Bréfritari: Halldór Pétursson
Viðtakandi: Jón Borgfirðingur
Dagsetning: A-1858-12-05
Skrifað á: Illugastöðum í Fnjóskadal  S-Þing.

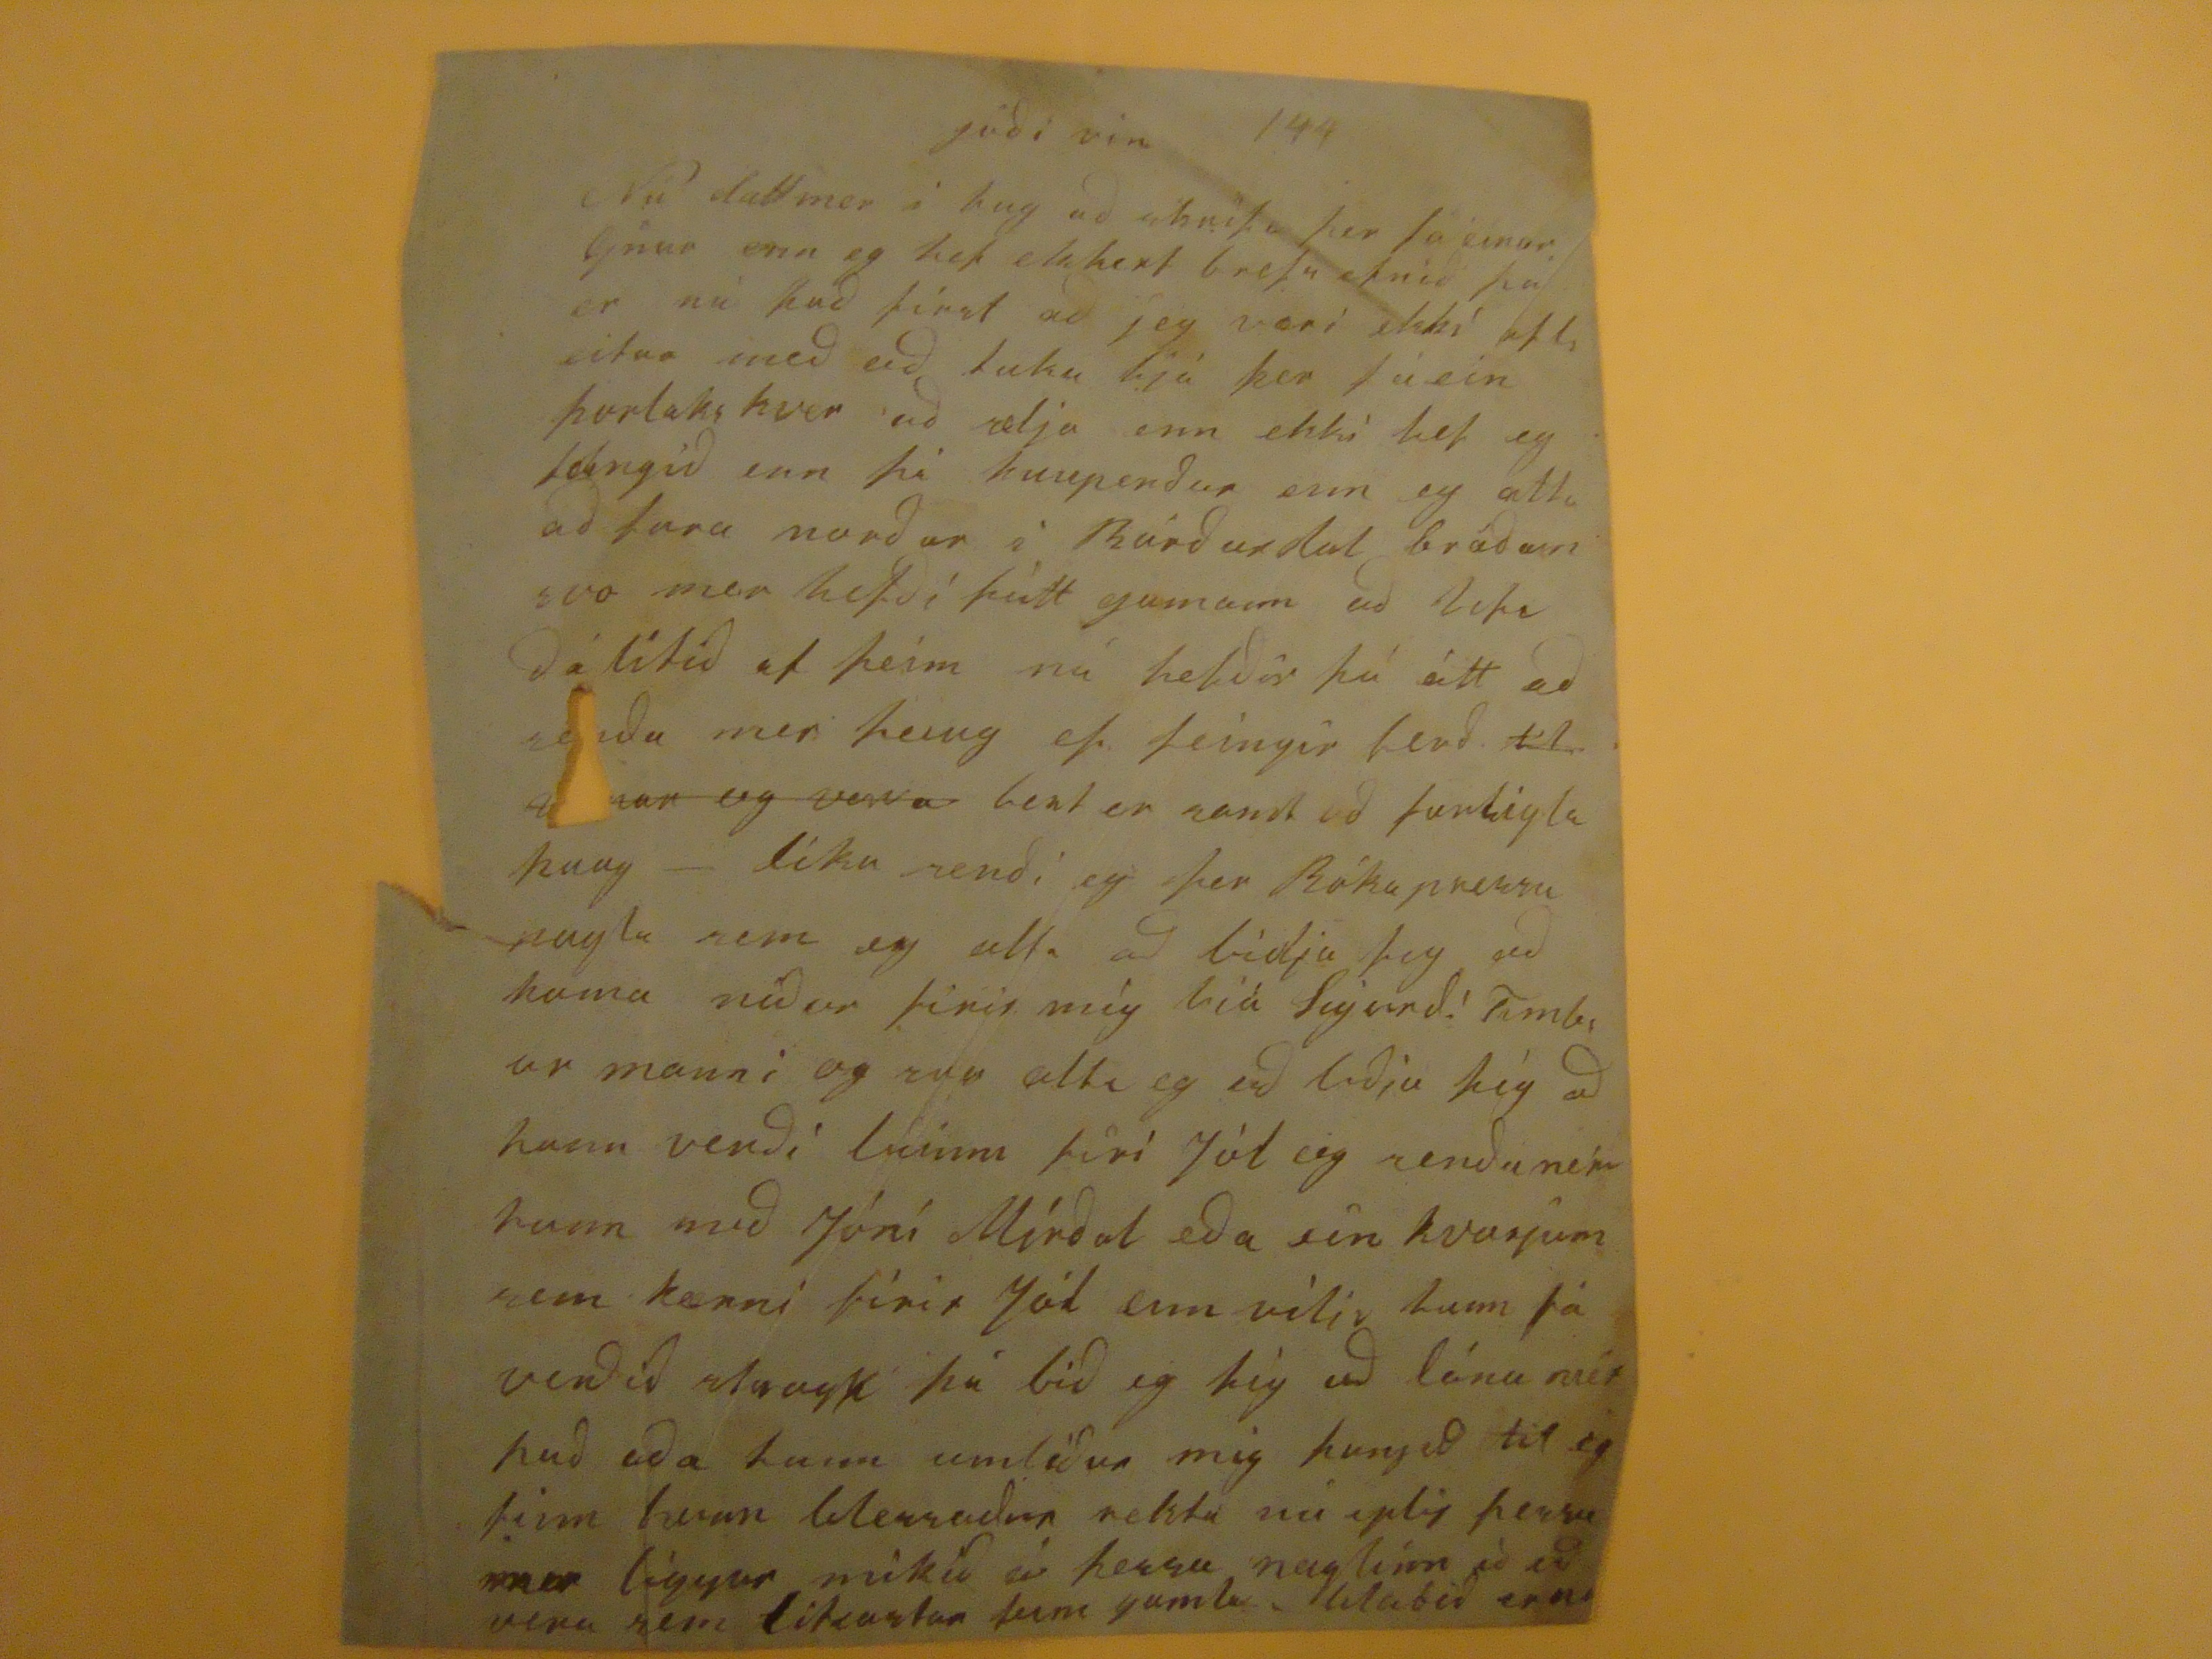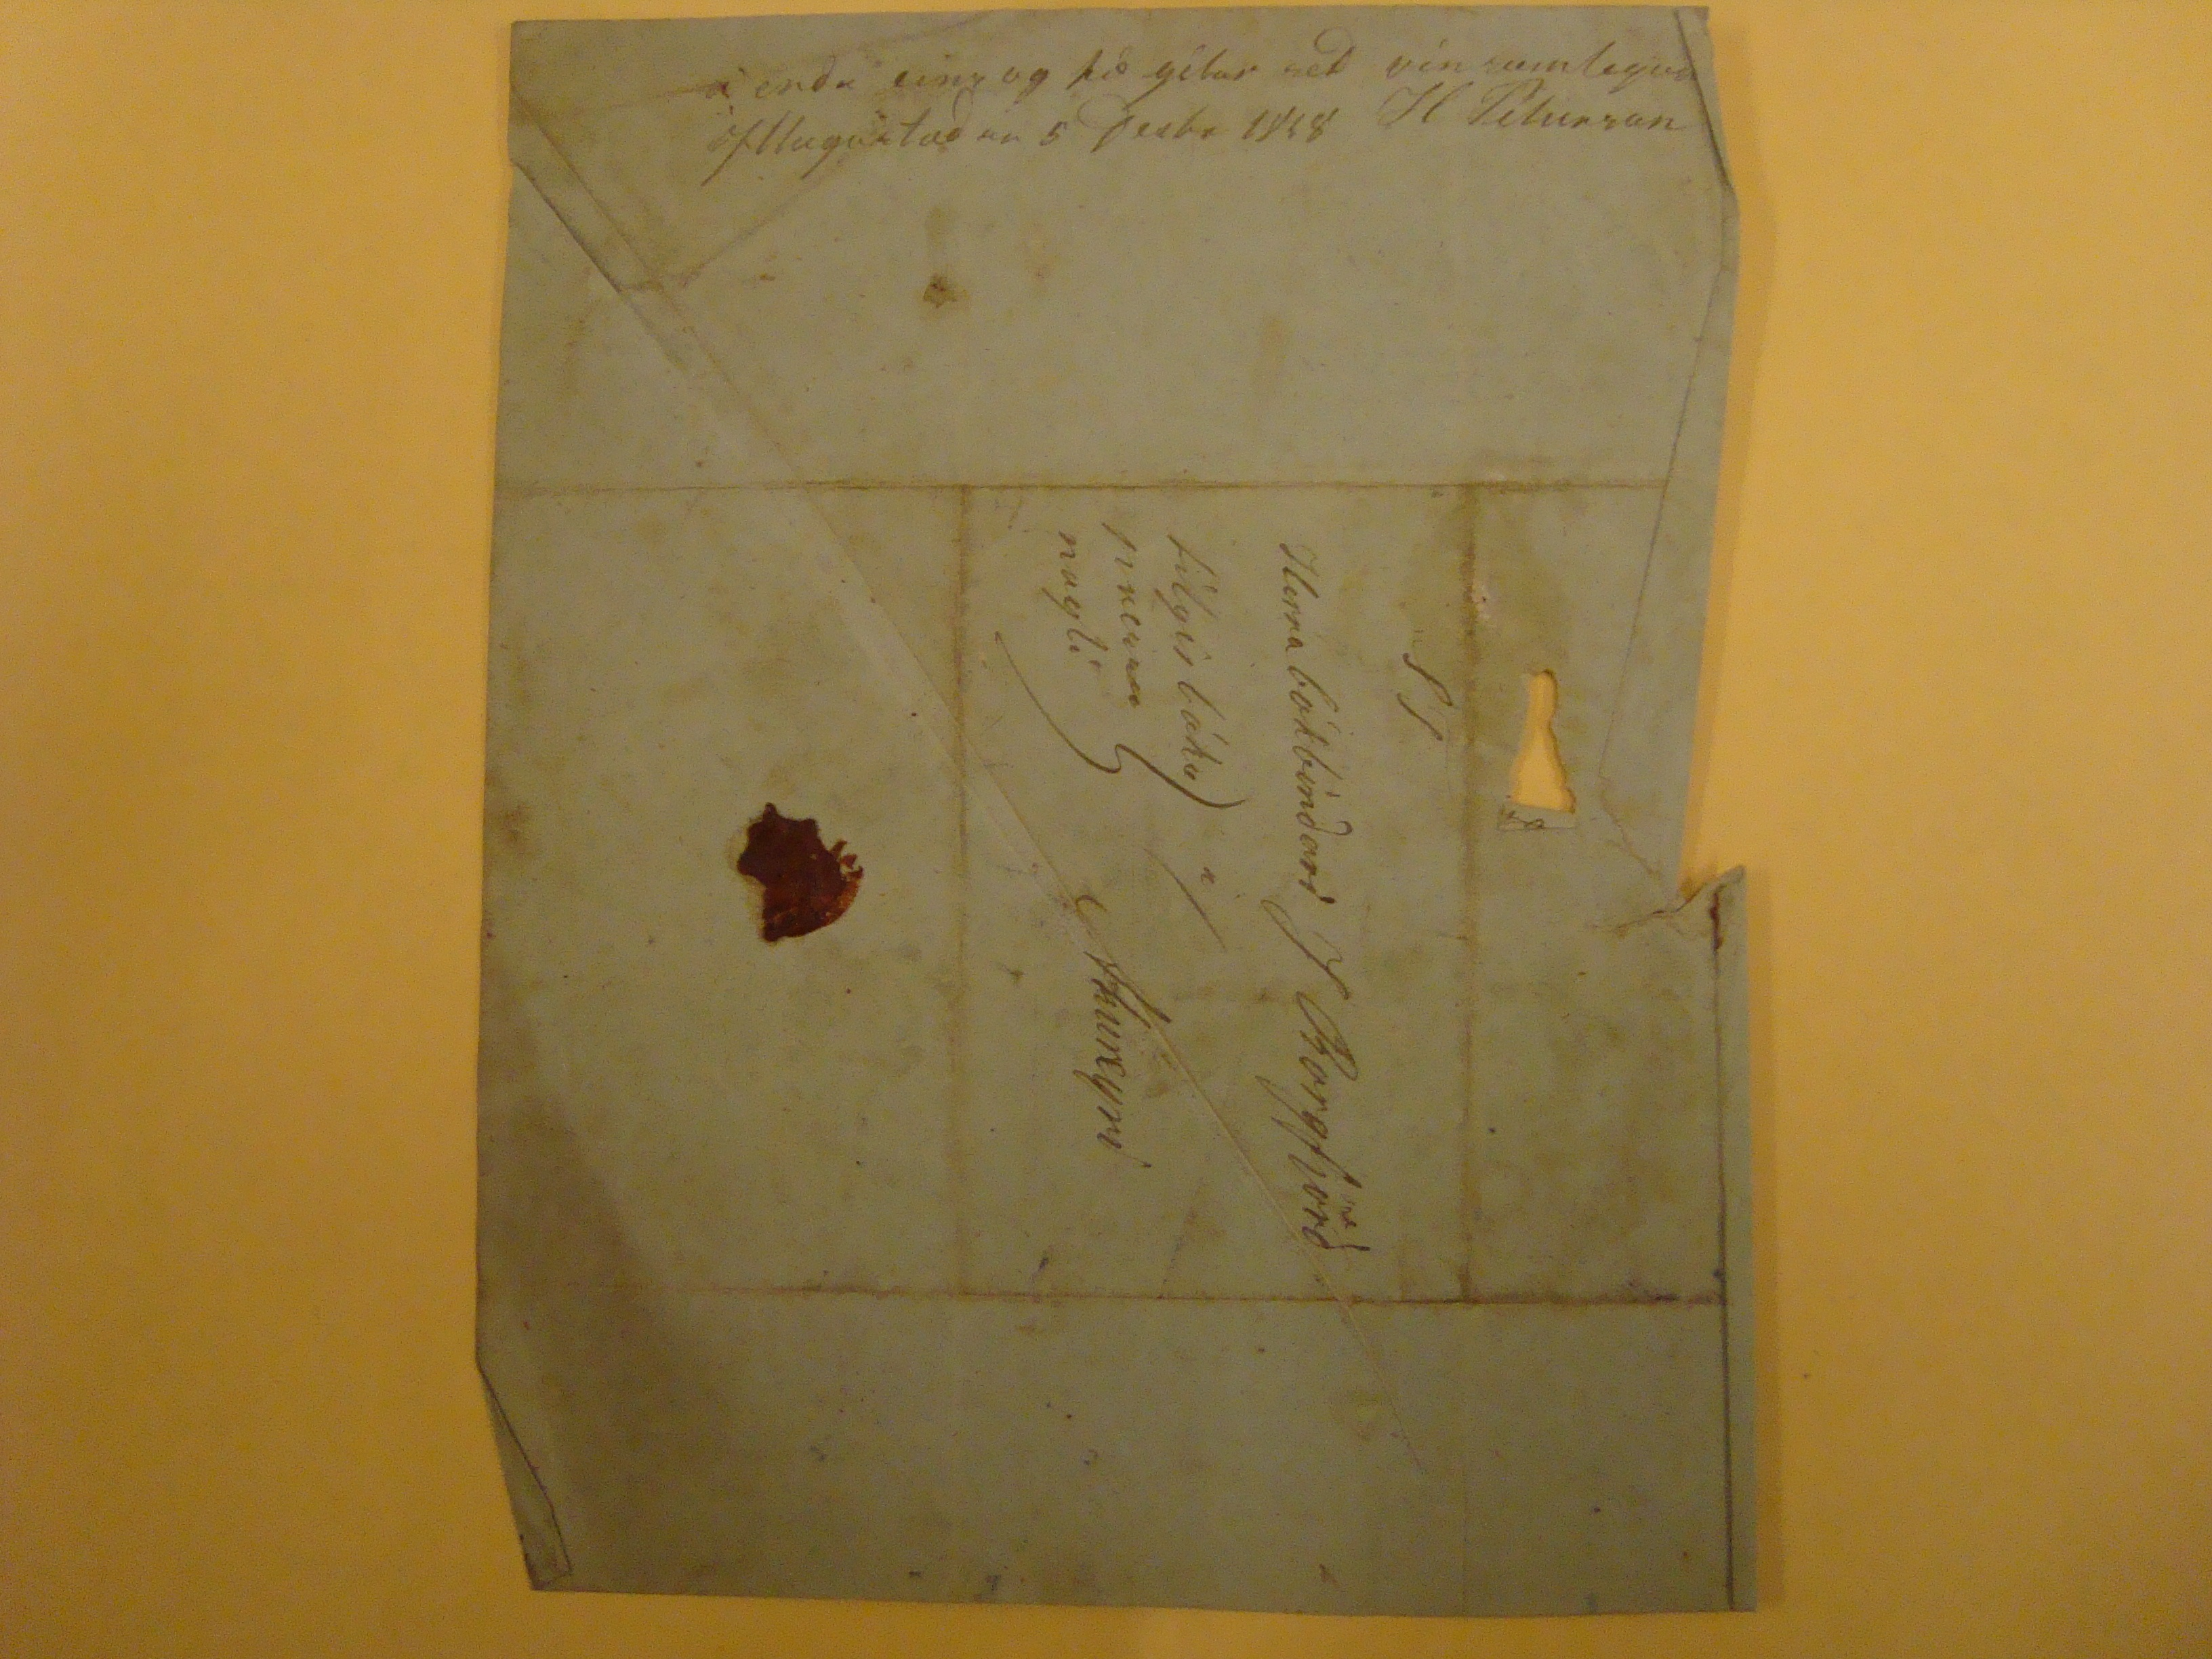

góði vin!
Nú datt mer i hug ad skrifa þer fa einar linur enn eg hef ekkert brefs efnið þá er nú það first að jeg væri ekki afls vitur með að luku hjá þer fá ein þorlakskver að selja enn ekki hef eg feingið enn þá kaupendur enn eg ætla að fara norður i Bárðardal bráðum svo mer hefði þótt gamann að
lefa
dálitid af þeim nú hefdir þú átt ad senda mer þaug ef feingir ferd.
til
vinar
og vona
bent er samt ad
furligla
þaug- líka sendi eg þer Bóka pressu
nagla
sem eg
ælla
ad bidja þig ad koma nidur firir mig hiá Sigurdi Timbur manni og svo
ælla
eg ad bidja þig ad hann verdi búinn firi Jòl og sendu mer hann med Jóní Mírdal eda ein kverjum sem kæmi firir Jól enn vili hann fá verdid
laugt
þá bid eg þig ad lána mér þad eda hann umlidur mig þangad til eg finn hann blessadur rektu nú eptir þessu mer liggur mikid á þessu naglinn á ad vera sem likastur þem gamla,
blabid
er
nu
á enda eins og þö gitar seð vinsamlegast
H Peturson
Illugastadur 5 Desbr 1858
ST
Herra bókbindari J Borgfjörd
á
Akureyri
filgir bókapressunagli